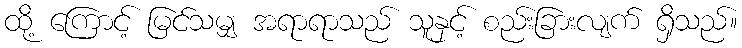
ထို့ ကြောင့် မြင်သမျှ အရာရာသည် သူနှင့် စည်းခြားလျက် ရှိသည်။